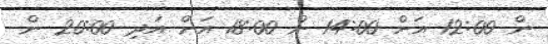
ން 12:00 އަށް 14:00 ން 18:00 އަށް އަދި 20:00 ން